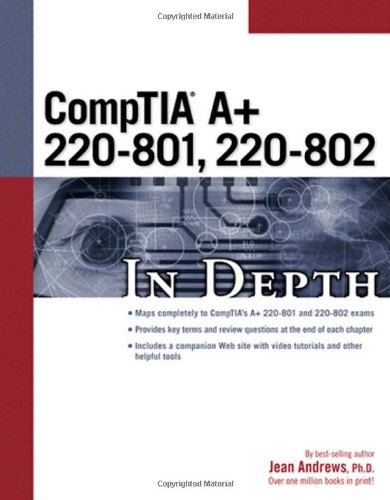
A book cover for CompTIA A+ 220-801, 220-802 In Depth; Jean Andrews; Computers & Technology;